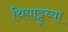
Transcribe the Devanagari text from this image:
थियाट्टूच्या